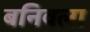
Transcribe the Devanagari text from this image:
बनिवला